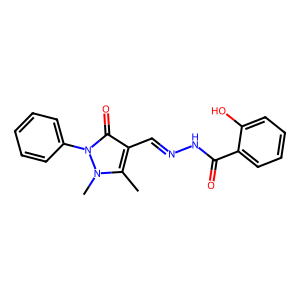
SMILES: Cc1c(C=NNC(=O)c2ccccc2O)c(=O)n(-c2ccccc2)n1C
Inhibits HIV replication: No